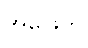
အဖြေက